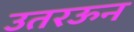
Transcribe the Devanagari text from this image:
उतरऊन